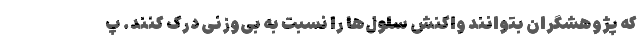
که پژوهشگران بتوانند واکنش سلول‌ها را نسبت به بی‌وزنی درک کنند. پ